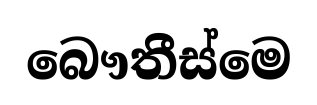
බෞතීස්මෙ